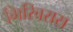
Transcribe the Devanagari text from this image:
गिरिवरास